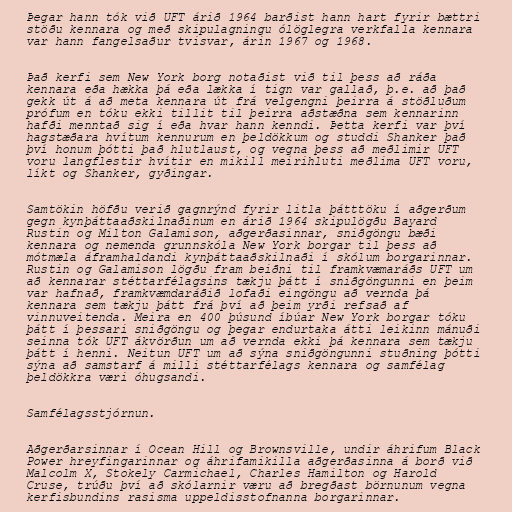
Þegar hann tók við UFT árið 1964 barðist hann hart fyrir bættri
stöðu kennara og með skipulagningu ólöglegra verkfalla kennara
var hann fangelsaður tvisvar, árin 1967 og 1968.

Það kerfi sem New York borg notaðist við til þess að ráða
kennara eða hækka þá eða lækka í tign var gallað, þ.e. að það
gekk út á að meta kennara út frá velgengni þeirra á stöðluðum
prófum en tóku ekki tillit til þeirra aðstæðna sem kennarinn
hafði menntað sig í eða hvar hann kenndi. Þetta kerfi var því
hagstæðara hvítum kennurum en þeldökkum og studdi Shanker það
því honum þótti það hlutlaust, og vegna þess að meðlimir UFT
voru langflestir hvítir en mikill meirihluti meðlima UFT voru,
líkt og Shanker, gyðingar.

Samtökin höfðu verið gagnrýnd fyrir litla þátttöku í aðgerðum
gegn kynþáttaaðskilnaðinum en árið 1964 skipulögðu Bayard
Rustin og Milton Galamison, aðgerðasinnar, sniðgöngu bæði
kennara og nemenda grunnskóla New York borgar til þess að
mótmæla áframhaldandi kynþáttaaðskilnaði í skólum borgarinnar.
Rustin og Galamison lögðu fram beiðni til framkvæmaráðs UFT um
að kennarar stéttarfélagsins tækju þátt í sniðgöngunni en þeim
var hafnað, framkvæmdaráðið lofaði eingöngu að vernda þá
kennara sem tækju þátt frá því að þeim yrði refsað af
vinnuveitenda. Meira en 400 þúsund íbúar New York borgar tóku
þátt í þessari sniðgöngu og þegar endurtaka átti leikinn mánuði
seinna tók UFT ákvörðun um að vernda ekki þá kennara sem tækju
þátt í henni. Neitun UFT um að sýna sniðgöngunni stuðning þótti
sýna að samstarf á milli stéttarfélags kennara og samfélag
þeldökkra væri óhugsandi.

Samfélagsstjórnun.

Aðgerðarsinnar í Ocean Hill og Brownsville, undir áhrifum Black
Power hreyfingarinnar og áhrifamikilla aðgerðasinna á borð við
Malcolm X, Stokely Carmichael, Charles Hamilton og Harold
Cruse, trúðu því að skólarnir væru að bregðast börnunum vegna
kerfisbundins rasisma uppeldisstofnanna borgarinnar.